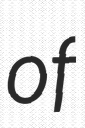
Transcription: of